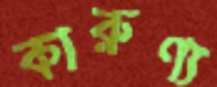
কারুণ্য